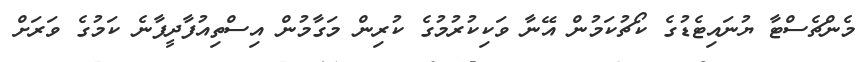
މެންޗެސްޓާ ޔުނައިޓެޑުގެ ކޯޗުކަމުން އޭނާ ވަކިކުރުމުގެ ކުރިން މަގާމުން އިސްތިއުފާދީފާނެ ކަމުގެ ވަރަށް